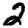
Digit: 2